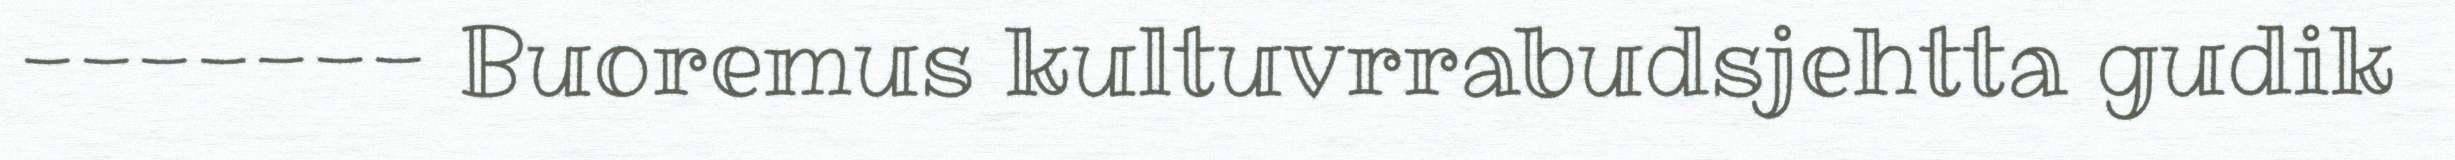
------- Buoremus kultuvrrabudsjehtta gudik